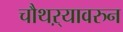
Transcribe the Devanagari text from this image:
चौथऱ्यावरुन